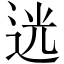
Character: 𨒺